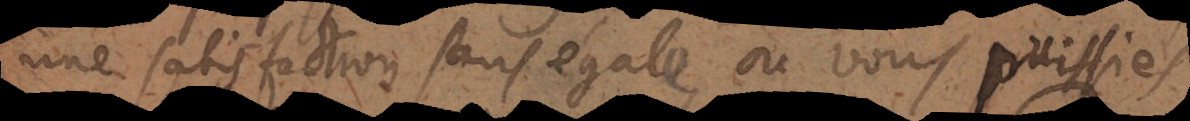
une satisfaction sans égale, où vous puissies